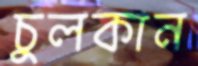
চুলকান